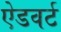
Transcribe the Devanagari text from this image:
ऐडवर्ट